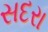
સદરા